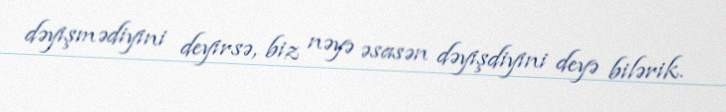
dəyişmədiyini deyirsə, biz nəyə əsasən dəyişdiyini deyə bilərik.